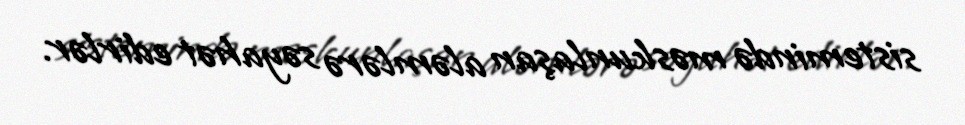
sistemində məskunlaşan aləmlərə səyahət edirlər.